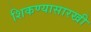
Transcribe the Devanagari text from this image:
शिकण्यासारखी